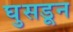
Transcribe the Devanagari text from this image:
घुसडून